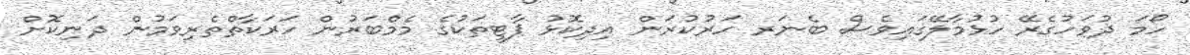
ހޯމަ ދުވަހުގެރޭ ހުޅުމާލޭގައިވެސް ބެނަރ ހަރުކުރަން އިދިކޮޅު ޕާޓީތަކުގެ މެމްބަރުން ހަރަކާތްތެރިވަމުން ދަނިކޮށް